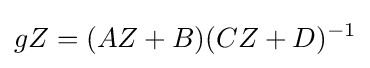
{gZ=(AZ+B)(CZ+D)^{-1}}